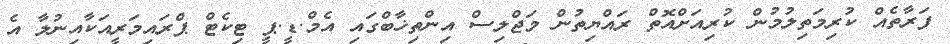
ފަރާތެއް ކުރިމަތިލުމުން ކުރިއަށްއޮތް ރައްޔިތުން މަޖްލިސް އިންތިޚާބްގައި އެމް.ޑީ.ޕީ ޓިކެޓް ޕްރައިމަރީއަކާއިނުލާ އެ